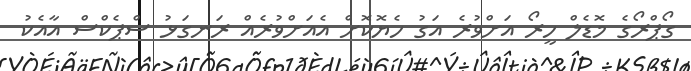
ގޯޕްރޯގެ މޮޑެލް ހީރޯ އަށްވުރެ އަގު ހެޔޮކޮށް އެއަށްވުރެއް ރަނގަޅު ސްޕެކްސް އާއެކު